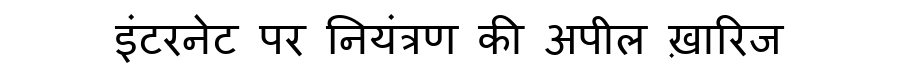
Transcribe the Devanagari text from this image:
इंटरनेट पर नियंत्रण की अपील ख़ारिज